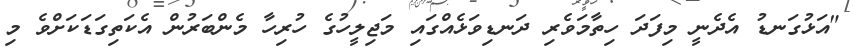
"އަޅުގަނޑު އެދެނީ މިފަދަ ހިތާމަވެރި ދަނޑިވަޅެއްގައި މަޖިލީހުގެ ހުރިހާ މެންބަރުން އެކަތިގަޑަކަށްވެ މި